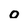
Character: o